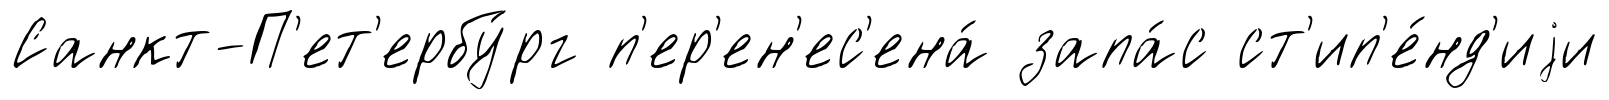
Санкт-П'ет'ербу́рг п'ер'ен'ес'ена́ запа́с ст'ип'е́нд'иjи